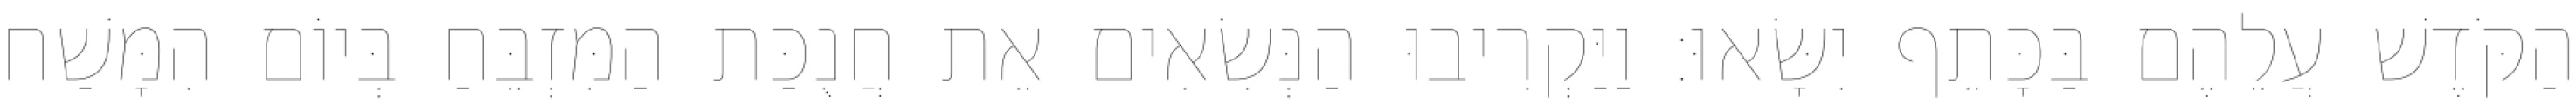
הַקֹּדֶשׁ עֲלֵהֶם בַּכָּתֵף יִשָּׂאוּ׃ וַיַּקְרִיבוּ הַנְּשִׂאִים אֵת חֲנֻכַּת הַמִּזְבֵּחַ בְּיוֹם הִמָּשַׁח